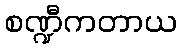
စဏ္ဍီကတာယ